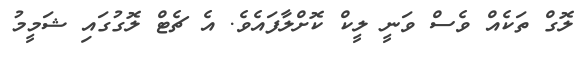
ލޮގް ތަކެއް ވެސް ވަނީ ލީކް ކޮށްލާފައެވެ. އެ ޗެޓް ލޮގުގައި ޝަމީމު